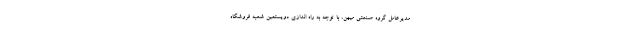
مدیرعامل گروه صنعتی میهن، با توجه به راه اندازی دویستمین شعبه فروشگاه